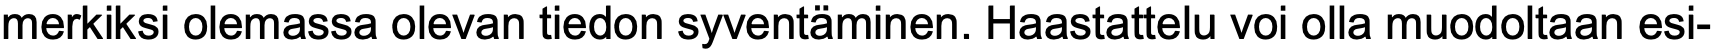
merkiksi olemassa olevan tiedon syventäminen. Haastattelu voi olla muodoltaan esi-